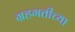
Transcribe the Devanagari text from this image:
ग्रहगतीच्या